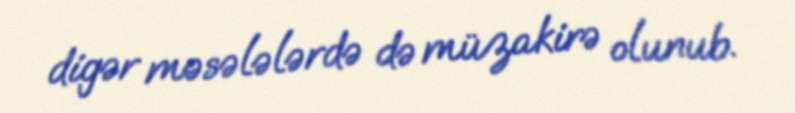
digər məsələlərdə də müzakirə olunub.